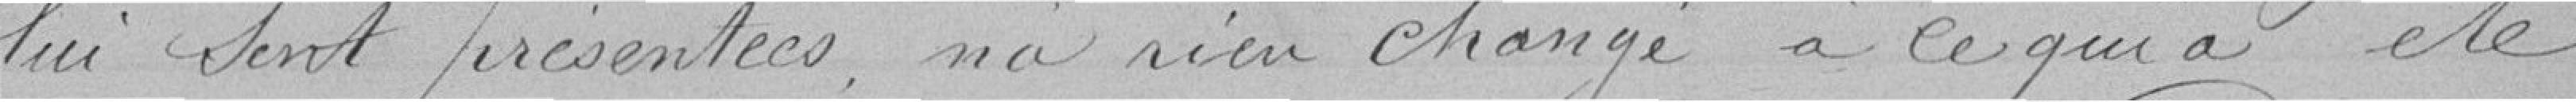
lui sont présentées, n'a rien changé à ce qui a été